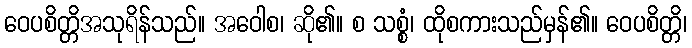
ဝေပစိတ္တိအသုရိန်သည်။ အဝေါစ၊ ဆို၏။ စ သစ္စံ၊ ထိုစကားသည်မှန်၏။ ဝေပစိတ္တိ၊